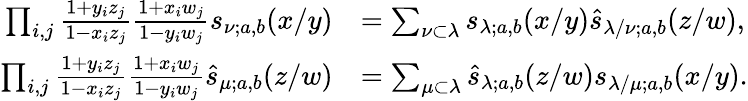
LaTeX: \begin{array}{rl}{\prod_{i,j}\frac{1+y_{i}z_{j}}{1-x_{i}z_{j}}\frac{1+x_{i}w_{j}}{1-y_{i}w_{j}}s_{\nu;a,b}(x/y)}&{=\sum_{\nu\subset\lambda}s_{\lambda;a,b}(x/y)\widehat{s}_{\lambda/\nu;a,b}(z/w),}\\ {\prod_{i,j}\frac{1+y_{i}z_{j}}{1-x_{i}z_{j}}\frac{1+x_{i}w_{j}}{1-y_{i}w_{j}}\widehat{s}_{\mu;a,b}(z/w)}&{=\sum_{\mu\subset\lambda}\widehat{s}_{\lambda;a,b}(z/w)s_{\lambda/\mu;a,b}(x/y).}\end{array}